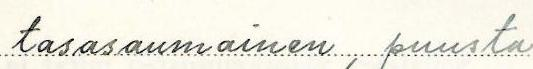
tasasaumainen, puusta